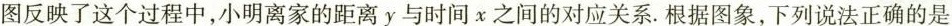
图反映了这个过程中，小明离家的距离y与时间x之间的对应关系。根据图象，下列说法正确的是